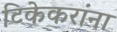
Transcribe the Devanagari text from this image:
टिकेकरांना